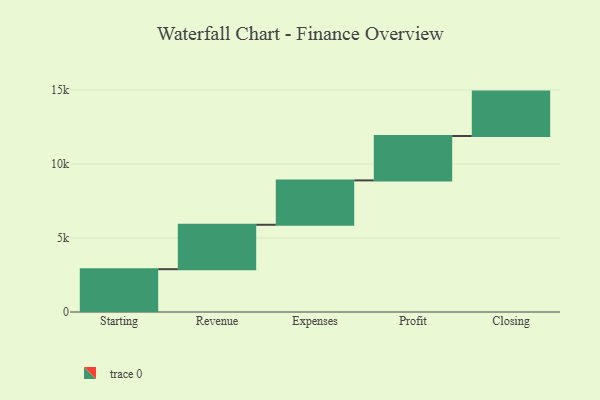
{"axis": {"x": "Step", "y": "Value"}, "legend": [""], "data": [{"x": "Starting", "y": 2894.0, "type": ""}, {"x": "Revenue", "y": 3000, "type": ""}, {"x": "Expenses", "y": 3000, "type": ""}, {"x": "Profit", "y": 3000, "type": ""}, {"x": "Closing", "y": 3000, "type": ""}]}